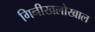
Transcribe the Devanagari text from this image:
गिनीखलोखाल